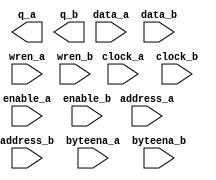
// megafunction wizard: %RAM: 2-PORT%VBB%
// GENERATION: STANDARD
// VERSION: WM1.0
// MODULE: altsyncram 

// ============================================================
// Megafunction Name(s):
// 			altsyncram
//
// Simulation Library Files(s):
// 			altera_mf
// ============================================================
// ************************************************************
// THIS IS A WIZARD-GENERATED FILE. DO NOT EDIT THIS FILE!
//
// 18.1.0 Build 625 09/12/2018 SJ Lite Edition
// ************************************************************

//Copyright (C) 2018  Intel Corporation. All rights reserved.
//Your use of Intel Corporation's design tools, logic functions 
//and other software and tools, and its AMPP partner logic 
//functions, and any output files from any of the foregoing 
//(including device programming or simulation files), and any 
//associated documentation or information are expressly subject 
//to the terms and conditions of the Intel Program License 
//Subscription Agreement, the Intel Quartus Prime License Agreement,
//the Intel FPGA IP License Agreement, or other applicable license
//agreement, including, without limitation, that your use is for
//the sole purpose of programming logic devices manufactured by
//Intel and sold by Intel or its authorized distributors.  Please
//refer to the applicable agreement for further details.

module cache (
	address_a,
	address_b,
	byteena_a,
	byteena_b,
	clock_a,
	clock_b,
	data_a,
	data_b,
	enable_a,
	enable_b,
	wren_a,
	wren_b,
	q_a,
	q_b);

	input	[10:0]  address_a;
	input	[10:0]  address_b;
	input	[3:0]  byteena_a;
	input	[3:0]  byteena_b;
	input	  clock_a;
	input	  clock_b;
	input	[31:0]  data_a;
	input	[31:0]  data_b;
	input	  enable_a;
	input	  enable_b;
	input	  wren_a;
	input	  wren_b;
	output	[31:0]  q_a;
	output	[31:0]  q_b;
`ifndef ALTERA_RESERVED_QIS
// synopsys translate_off
`endif
	tri1	[3:0]  byteena_a;
	tri1	[3:0]  byteena_b;
	tri1	  clock_a;
	tri1	  enable_a;
	tri1	  enable_b;
	tri0	  wren_a;
	tri0	  wren_b;
`ifndef ALTERA_RESERVED_QIS
// synopsys translate_on
`endif

endmodule

// ============================================================
// CNX file retrieval info
// ============================================================
// Retrieval info: PRIVATE: ADDRESSSTALL_A NUMERIC "0"
// Retrieval info: PRIVATE: ADDRESSSTALL_B NUMERIC "0"
// Retrieval info: PRIVATE: BYTEENA_ACLR_A NUMERIC "0"
// Retrieval info: PRIVATE: BYTEENA_ACLR_B NUMERIC "0"
// Retrieval info: PRIVATE: BYTE_ENABLE_A NUMERIC "1"
// Retrieval info: PRIVATE: BYTE_ENABLE_B NUMERIC "1"
// Retrieval info: PRIVATE: BYTE_SIZE NUMERIC "8"
// Retrieval info: PRIVATE: BlankMemory NUMERIC "0"
// Retrieval info: PRIVATE: CLOCK_ENABLE_INPUT_A NUMERIC "1"
// Retrieval info: PRIVATE: CLOCK_ENABLE_INPUT_B NUMERIC "1"
// Retrieval info: PRIVATE: CLOCK_ENABLE_OUTPUT_A NUMERIC "1"
// Retrieval info: PRIVATE: CLOCK_ENABLE_OUTPUT_B NUMERIC "1"
// Retrieval info: PRIVATE: CLRdata NUMERIC "0"
// Retrieval info: PRIVATE: CLRq NUMERIC "0"
// Retrieval info: PRIVATE: CLRrdaddress NUMERIC "0"
// Retrieval info: PRIVATE: CLRrren NUMERIC "0"
// Retrieval info: PRIVATE: CLRwraddress NUMERIC "0"
// Retrieval info: PRIVATE: CLRwren NUMERIC "0"
// Retrieval info: PRIVATE: Clock NUMERIC "5"
// Retrieval info: PRIVATE: Clock_A NUMERIC "0"
// Retrieval info: PRIVATE: Clock_B NUMERIC "0"
// Retrieval info: PRIVATE: IMPLEMENT_IN_LES NUMERIC "0"
// Retrieval info: PRIVATE: INDATA_ACLR_B NUMERIC "0"
// Retrieval info: PRIVATE: INDATA_REG_B NUMERIC "1"
// Retrieval info: PRIVATE: INIT_FILE_LAYOUT STRING "PORT_A"
// Retrieval info: PRIVATE: INIT_TO_SIM_X NUMERIC "0"
// Retrieval info: PRIVATE: INTENDED_DEVICE_FAMILY STRING "Cyclone 10 LP"
// Retrieval info: PRIVATE: JTAG_ENABLED NUMERIC "0"
// Retrieval info: PRIVATE: JTAG_ID STRING "NONE"
// Retrieval info: PRIVATE: MAXIMUM_DEPTH NUMERIC "0"
// Retrieval info: PRIVATE: MEMSIZE NUMERIC "65536"
// Retrieval info: PRIVATE: MEM_IN_BITS NUMERIC "0"
// Retrieval info: PRIVATE: MIFfilename STRING "../../../186Code/BIOS/bootload_DC/bootstrap.mif"
// Retrieval info: PRIVATE: OPERATION_MODE NUMERIC "3"
// Retrieval info: PRIVATE: OUTDATA_ACLR_B NUMERIC "0"
// Retrieval info: PRIVATE: OUTDATA_REG_B NUMERIC "0"
// Retrieval info: PRIVATE: RAM_BLOCK_TYPE NUMERIC "0"
// Retrieval info: PRIVATE: READ_DURING_WRITE_MODE_MIXED_PORTS NUMERIC "2"
// Retrieval info: PRIVATE: READ_DURING_WRITE_MODE_PORT_A NUMERIC "4"
// Retrieval info: PRIVATE: READ_DURING_WRITE_MODE_PORT_B NUMERIC "4"
// Retrieval info: PRIVATE: REGdata NUMERIC "1"
// Retrieval info: PRIVATE: REGq NUMERIC "0"
// Retrieval info: PRIVATE: REGrdaddress NUMERIC "0"
// Retrieval info: PRIVATE: REGrren NUMERIC "0"
// Retrieval info: PRIVATE: REGwraddress NUMERIC "1"
// Retrieval info: PRIVATE: REGwren NUMERIC "1"
// Retrieval info: PRIVATE: SYNTH_WRAPPER_GEN_POSTFIX STRING "0"
// Retrieval info: PRIVATE: USE_DIFF_CLKEN NUMERIC "0"
// Retrieval info: PRIVATE: UseDPRAM NUMERIC "1"
// Retrieval info: PRIVATE: VarWidth NUMERIC "0"
// Retrieval info: PRIVATE: WIDTH_READ_A NUMERIC "32"
// Retrieval info: PRIVATE: WIDTH_READ_B NUMERIC "32"
// Retrieval info: PRIVATE: WIDTH_WRITE_A NUMERIC "32"
// Retrieval info: PRIVATE: WIDTH_WRITE_B NUMERIC "32"
// Retrieval info: PRIVATE: WRADDR_ACLR_B NUMERIC "0"
// Retrieval info: PRIVATE: WRADDR_REG_B NUMERIC "1"
// Retrieval info: PRIVATE: WRCTRL_ACLR_B NUMERIC "0"
// Retrieval info: PRIVATE: enable NUMERIC "1"
// Retrieval info: PRIVATE: rden NUMERIC "0"
// Retrieval info: LIBRARY: altera_mf altera_mf.altera_mf_components.all
// Retrieval info: CONSTANT: ADDRESS_REG_B STRING "CLOCK1"
// Retrieval info: CONSTANT: BYTEENA_REG_B STRING "CLOCK1"
// Retrieval info: CONSTANT: BYTE_SIZE NUMERIC "8"
// Retrieval info: CONSTANT: CLOCK_ENABLE_INPUT_A STRING "NORMAL"
// Retrieval info: CONSTANT: CLOCK_ENABLE_INPUT_B STRING "NORMAL"
// Retrieval info: CONSTANT: CLOCK_ENABLE_OUTPUT_A STRING "BYPASS"
// Retrieval info: CONSTANT: CLOCK_ENABLE_OUTPUT_B STRING "BYPASS"
// Retrieval info: CONSTANT: INDATA_REG_B STRING "CLOCK1"
// Retrieval info: CONSTANT: INIT_FILE STRING "../../../186Code/BIOS/bootload_DC/bootstrap.mif"
// Retrieval info: CONSTANT: INTENDED_DEVICE_FAMILY STRING "Cyclone 10 LP"
// Retrieval info: CONSTANT: LPM_TYPE STRING "altsyncram"
// Retrieval info: CONSTANT: NUMWORDS_A NUMERIC "2048"
// Retrieval info: CONSTANT: NUMWORDS_B NUMERIC "2048"
// Retrieval info: CONSTANT: OPERATION_MODE STRING "BIDIR_DUAL_PORT"
// Retrieval info: CONSTANT: OUTDATA_ACLR_A STRING "NONE"
// Retrieval info: CONSTANT: OUTDATA_ACLR_B STRING "NONE"
// Retrieval info: CONSTANT: OUTDATA_REG_A STRING "UNREGISTERED"
// Retrieval info: CONSTANT: OUTDATA_REG_B STRING "UNREGISTERED"
// Retrieval info: CONSTANT: POWER_UP_UNINITIALIZED STRING "FALSE"
// Retrieval info: CONSTANT: READ_DURING_WRITE_MODE_PORT_A STRING "NEW_DATA_WITH_NBE_READ"
// Retrieval info: CONSTANT: READ_DURING_WRITE_MODE_PORT_B STRING "NEW_DATA_WITH_NBE_READ"
// Retrieval info: CONSTANT: WIDTHAD_A NUMERIC "11"
// Retrieval info: CONSTANT: WIDTHAD_B NUMERIC "11"
// Retrieval info: CONSTANT: WIDTH_A NUMERIC "32"
// Retrieval info: CONSTANT: WIDTH_B NUMERIC "32"
// Retrieval info: CONSTANT: WIDTH_BYTEENA_A NUMERIC "4"
// Retrieval info: CONSTANT: WIDTH_BYTEENA_B NUMERIC "4"
// Retrieval info: CONSTANT: WRCONTROL_WRADDRESS_REG_B STRING "CLOCK1"
// Retrieval info: USED_PORT: address_a 0 0 11 0 INPUT NODEFVAL "address_a[10..0]"
// Retrieval info: USED_PORT: address_b 0 0 11 0 INPUT NODEFVAL "address_b[10..0]"
// Retrieval info: USED_PORT: byteena_a 0 0 4 0 INPUT VCC "byteena_a[3..0]"
// Retrieval info: USED_PORT: byteena_b 0 0 4 0 INPUT VCC "byteena_b[3..0]"
// Retrieval info: USED_PORT: clock_a 0 0 0 0 INPUT VCC "clock_a"
// Retrieval info: USED_PORT: clock_b 0 0 0 0 INPUT NODEFVAL "clock_b"
// Retrieval info: USED_PORT: data_a 0 0 32 0 INPUT NODEFVAL "data_a[31..0]"
// Retrieval info: USED_PORT: data_b 0 0 32 0 INPUT NODEFVAL "data_b[31..0]"
// Retrieval info: USED_PORT: enable_a 0 0 0 0 INPUT VCC "enable_a"
// Retrieval info: USED_PORT: enable_b 0 0 0 0 INPUT VCC "enable_b"
// Retrieval info: USED_PORT: q_a 0 0 32 0 OUTPUT NODEFVAL "q_a[31..0]"
// Retrieval info: USED_PORT: q_b 0 0 32 0 OUTPUT NODEFVAL "q_b[31..0]"
// Retrieval info: USED_PORT: wren_a 0 0 0 0 INPUT GND "wren_a"
// Retrieval info: USED_PORT: wren_b 0 0 0 0 INPUT GND "wren_b"
// Retrieval info: CONNECT: @address_a 0 0 11 0 address_a 0 0 11 0
// Retrieval info: CONNECT: @address_b 0 0 11 0 address_b 0 0 11 0
// Retrieval info: CONNECT: @byteena_a 0 0 4 0 byteena_a 0 0 4 0
// Retrieval info: CONNECT: @byteena_b 0 0 4 0 byteena_b 0 0 4 0
// Retrieval info: CONNECT: @clock0 0 0 0 0 clock_a 0 0 0 0
// Retrieval info: CONNECT: @clock1 0 0 0 0 clock_b 0 0 0 0
// Retrieval info: CONNECT: @clocken0 0 0 0 0 enable_a 0 0 0 0
// Retrieval info: CONNECT: @clocken1 0 0 0 0 enable_b 0 0 0 0
// Retrieval info: CONNECT: @data_a 0 0 32 0 data_a 0 0 32 0
// Retrieval info: CONNECT: @data_b 0 0 32 0 data_b 0 0 32 0
// Retrieval info: CONNECT: @wren_a 0 0 0 0 wren_a 0 0 0 0
// Retrieval info: CONNECT: @wren_b 0 0 0 0 wren_b 0 0 0 0
// Retrieval info: CONNECT: q_a 0 0 32 0 @q_a 0 0 32 0
// Retrieval info: CONNECT: q_b 0 0 32 0 @q_b 0 0 32 0
// Retrieval info: GEN_FILE: TYPE_NORMAL cache.v TRUE
// Retrieval info: GEN_FILE: TYPE_NORMAL cache.inc FALSE
// Retrieval info: GEN_FILE: TYPE_NORMAL cache.cmp FALSE
// Retrieval info: GEN_FILE: TYPE_NORMAL cache.bsf FALSE
// Retrieval info: GEN_FILE: TYPE_NORMAL cache_inst.v FALSE
// Retrieval info: GEN_FILE: TYPE_NORMAL cache_bb.v TRUE
// Retrieval info: LIB_FILE: altera_mf